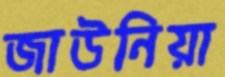
জাউনিয়া